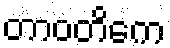
တာဝတိကေ